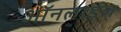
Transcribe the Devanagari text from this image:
ऑनलाईल